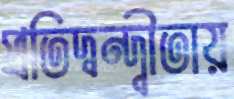
প্রতিদ্বন্দ্বীতায়